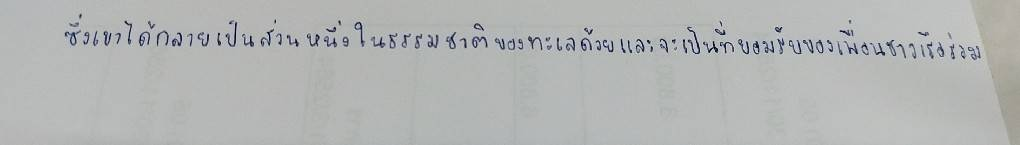
ซึ่งเขาได้กลายเป็นส่วนหนึ่งในธรรมชาติของทะเลด้วยและจะเป็นที่ยอมรับของเพื่อนชาวเรือร่วม